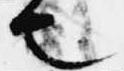
也